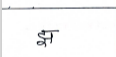
मजकूर: झ